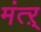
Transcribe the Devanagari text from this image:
मंत्ऱ्